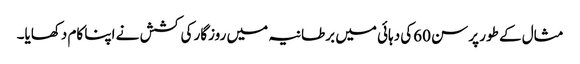
مثال کے طور پر سن 60کی دہائی میں برطانیہ میں روزگار کی کشش نے اپنا کام دکھایا۔